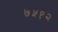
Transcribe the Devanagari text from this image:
७५१२